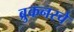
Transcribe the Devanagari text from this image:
ब्रुकनरचे